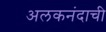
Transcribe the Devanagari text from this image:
अलकनंदाची